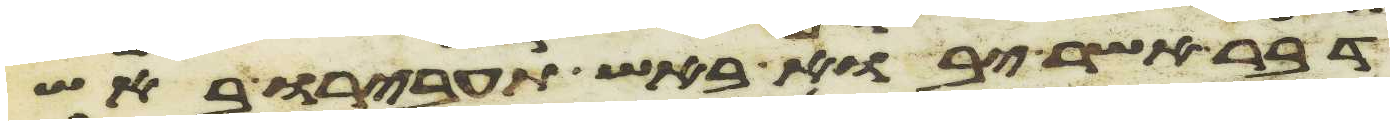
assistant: דבר אשר יבוא באש תעבירו באש